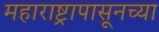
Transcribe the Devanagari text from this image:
महाराष्ट्रापासूनच्या